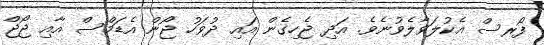
ފޯރސް އެކުލަވާލެވުނެވެ. އަދި ޖެހިގެން އައި ދުވަހު ޖޯން އެޑަމްސް އާއި ޖޯޖް